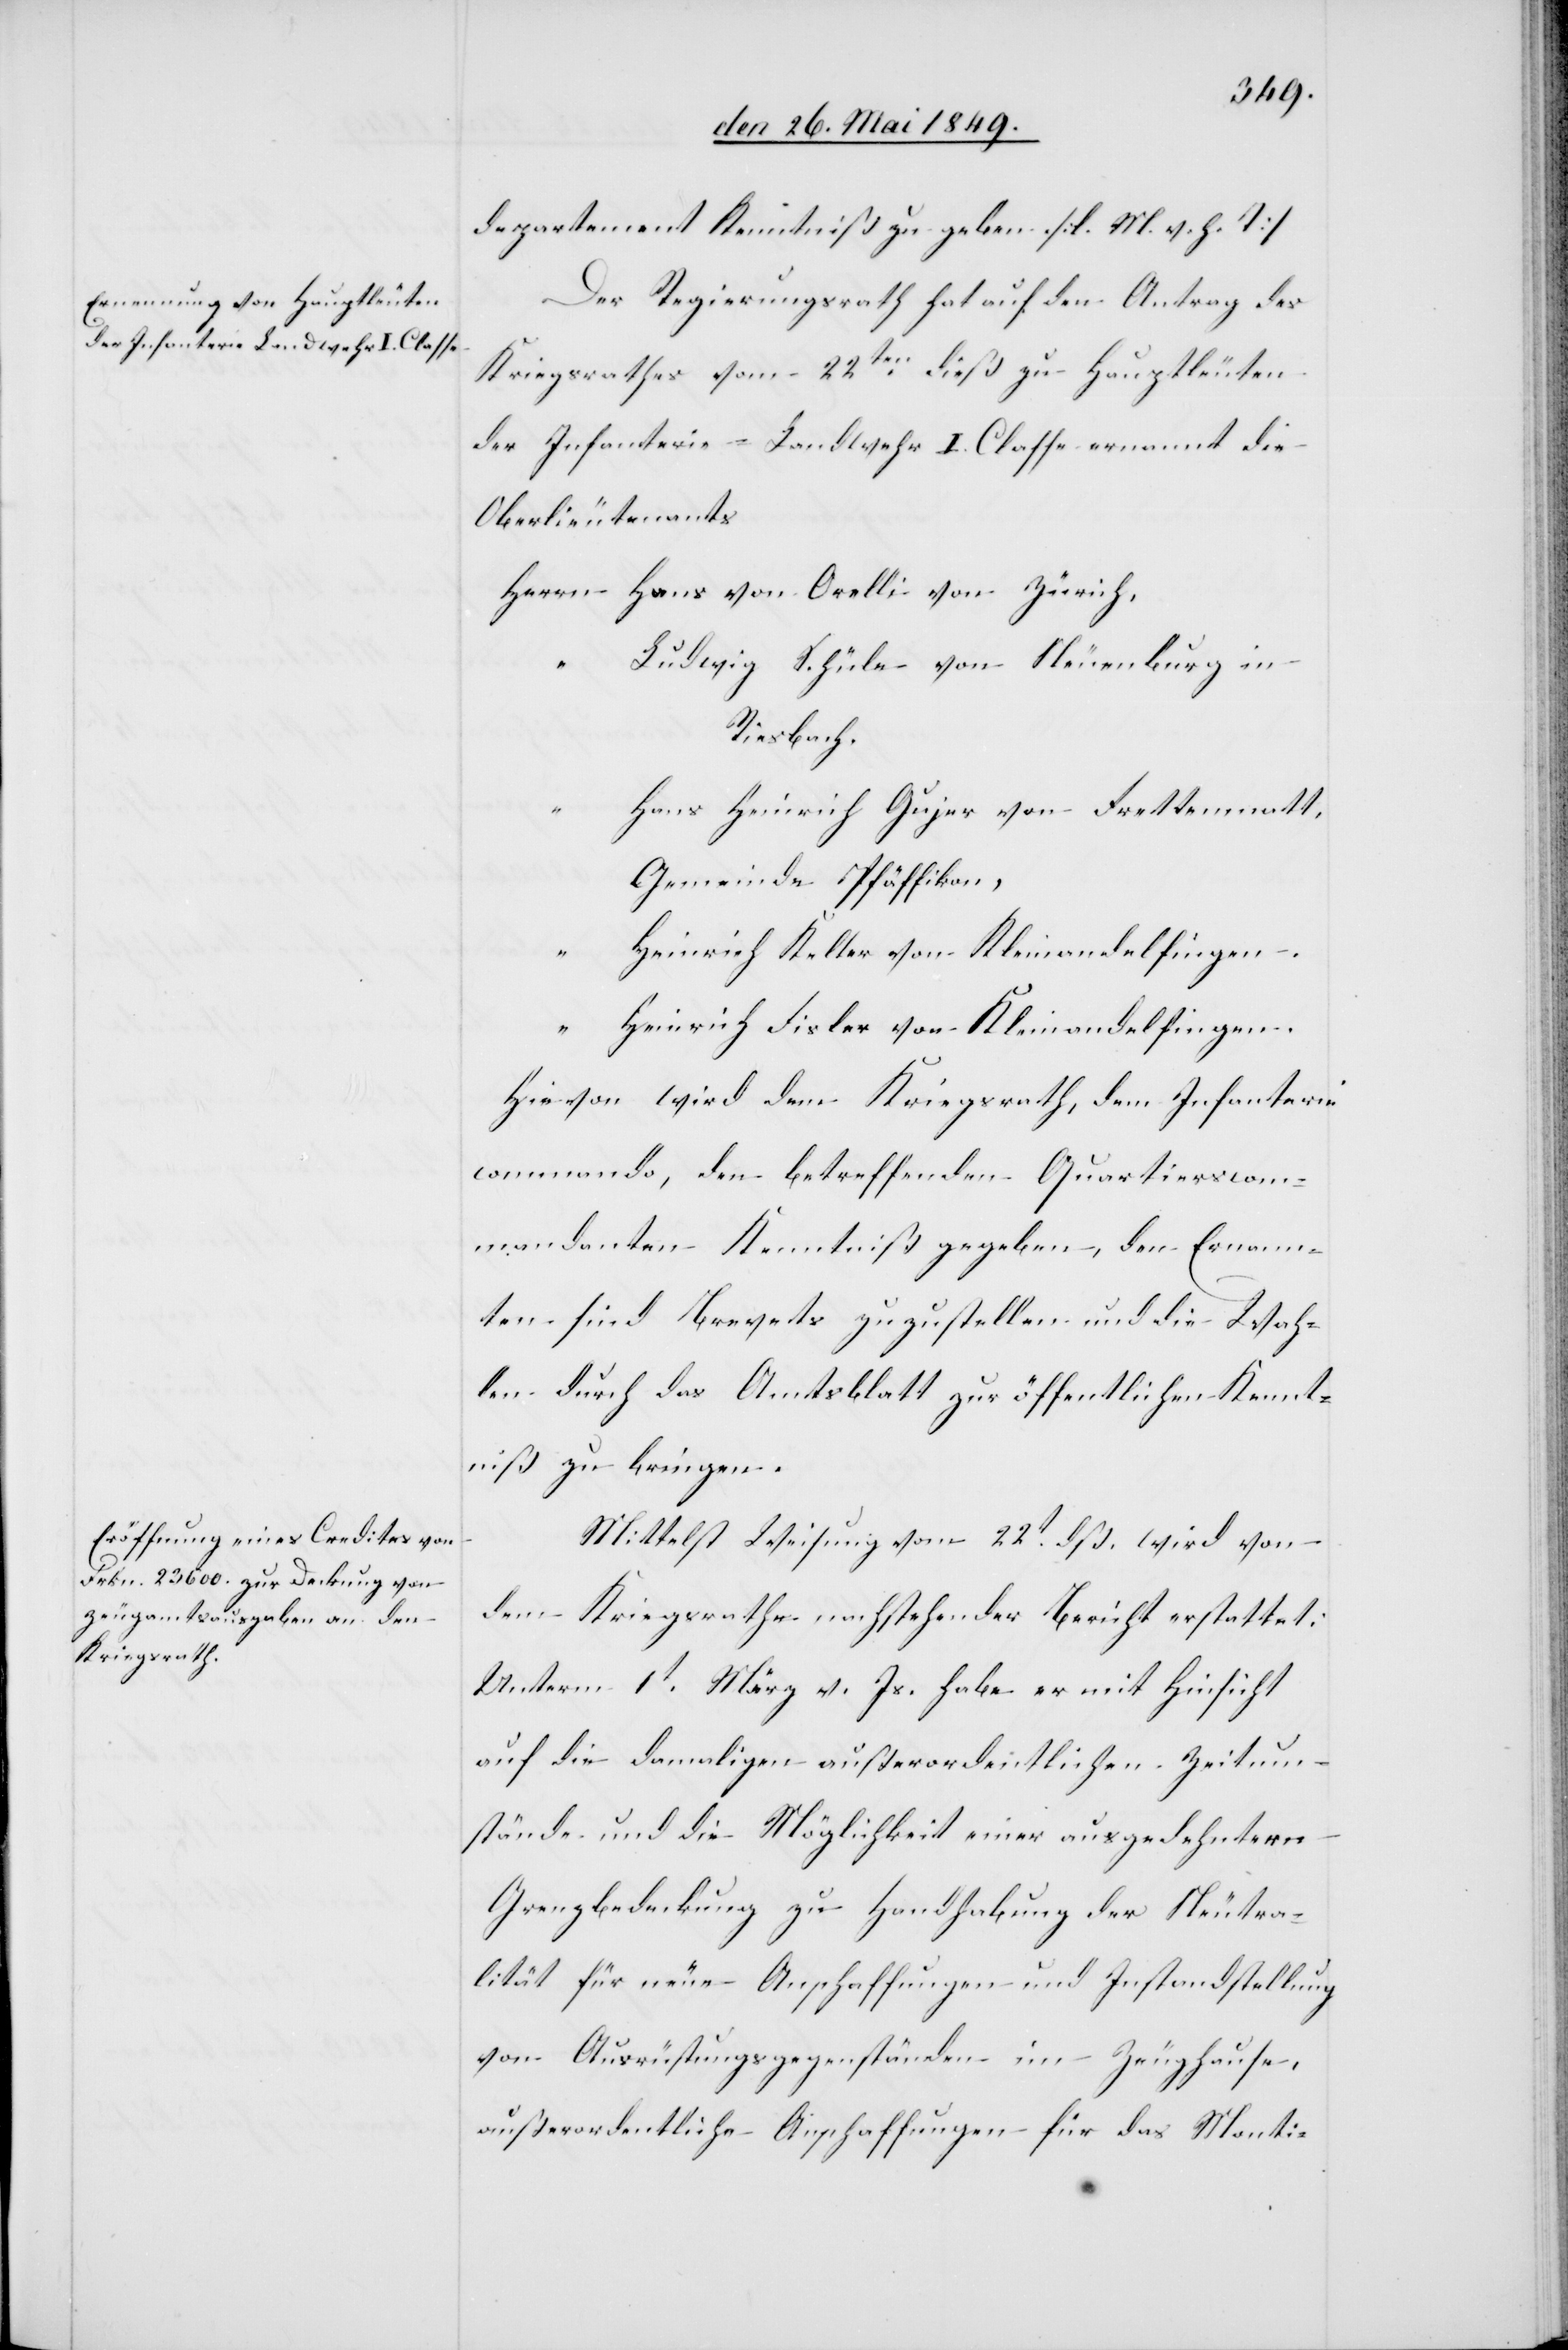
departement Kenntniß zu geben [l. M. h. T][.]
Der Regierungsrath hat auf den Antrag des
Kriegsrathes vom 22ten dieß zu Hauptleuten
der Infanterie-Landwehr I. Classe ernannt die
Oberlieutenants
Herrn	Hans von Orelli von Zürich,
“		Ludwig Schüle von Neuenburg in
Riesbach.
ans Heinrich Gujer von Frettenmatt,
Gemeinde Pfäffikon,
“		H¬
einrich Keller von Kleinandelfingen.
“		Heinrich Fisler von Kleinandelfingen.
Hievon wird dem Kriegsrath, dem Infanterie¬
commando, den betreffenden Quartierscom¬
mandanten Kenntniß gegeben, den Ernann¬
ten sind Brevets zuzustellen und die Wah¬
len durch das Amtsblatt zur öffentlichen Kennt¬
niß zu bringen.
Mittelst Weisung vom 22t dß. wird von
dem Kriegsrathe nachstehender Bericht erstattet:
Unterm 1t März v. Js. habe er mit Hinsicht
auf die damaligen außerordentlichen Zeitum¬
stände und die Möglichkeit einer ausgedehntern
Grenzbedeckung zu Handhabung der Neutra¬
lität für neue Anschaffungen und Instandstellung
von Ausrüstungsgegenständen im Zeughause,
außerordentliche Anschaffungen für das Monti-